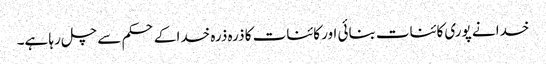
خدا نے پوری کائنات بنائی اور کائنات کا ذرہ ذرہ خدا کے حکم سے چل رہا ہے۔